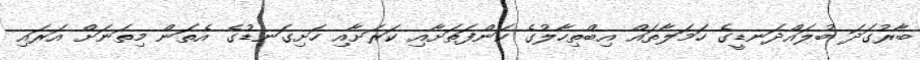
ބާރުގަދަ ބުލައްދަނޑީގެ ހަމަލާތައް އިބްތިހާލުގެ ކަންފަތަށާއި ކަރަށާއި ހަށިގަނޑުގެ އެތަން މިތަނަށް އަރައި